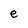
Character: e